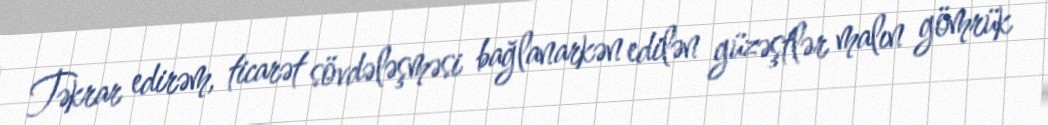
Təkrar edirəm, ticarət sövdələşməsi bağlanarkən edilən güzəştlər malın gömrük